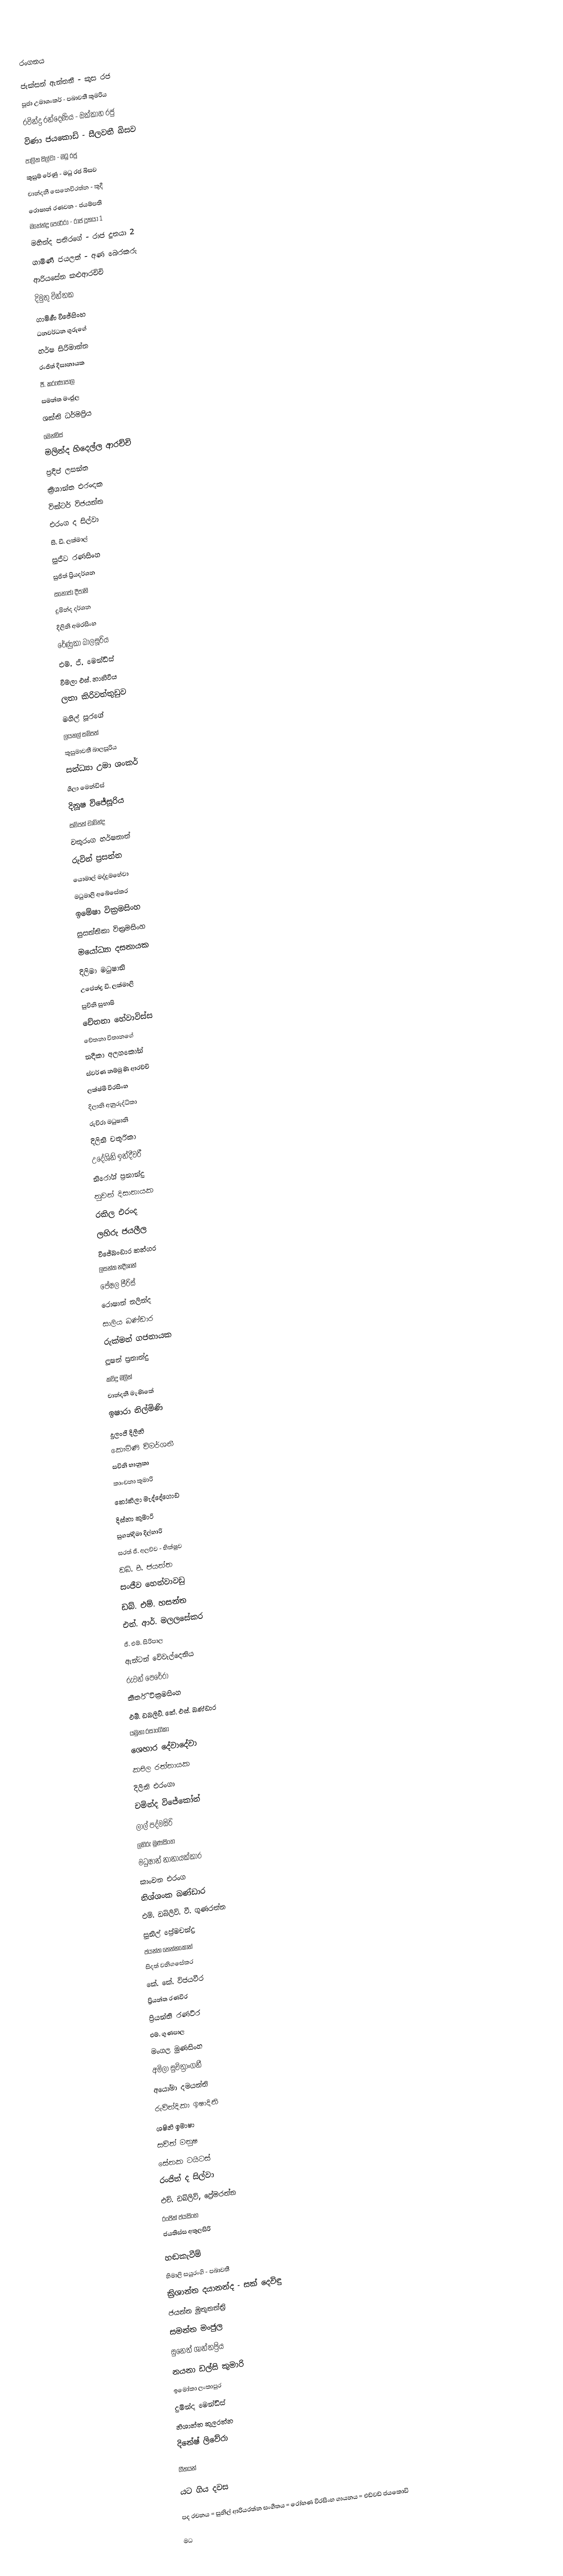

රංගනය

ජැක්සන් ඇන්තනී - කුස රජ
පූජා උමාශංකර් - පබාවතී කුමරිය
රවින්ද්‍ර රන්දෙණිය - ඔක්කාහ රජු
විණා ජයකොඩි - සීලවතී බිසව
පාලිත සිල්වා - මධු රජු
කුසුම් රේණු - මධු රජ බිසව
චාන්දනී සෙනෙවිරත්න - කුදී
රොෂාන් රණවන - ජයම්පති
මහේන්ද්‍ර පෙරේරා - රාජ දූතයා 1
මහින්ද පතිරගේ - රාජ දූතයා 2
ගාමිණී ජයලත් - අණ බෙරකරු
ආරියසේන කළුආරච්චි
දිමුතු චින්තක
ගාමිණී විජේසිංහ
ධනවර්ධන ගුරුගේ
හර්ෂ සිරිමාන්න
රංජිත් දිසානායක
ජී. කරුණාපාල
සමන්ත මංජුල
ශක්ති ධර්මප්‍රිය
මෙන්ඩිස්
මලින්ද හිදෙල්ල ආරච්චි
ප්‍රදීප් ලසන්ත
ක්‍රිශාන්ත එරංදක
වික්ටර් විජයන්ත
එරංග ද සිල්වා
සී. ඩී. ලක්මාල්
සුජීව රණසිංහ
සුජිත් ප්‍රියදර්ශන
සනෝජා දීපානි
දුමින්ද දර්ශන
දිලිනි අමරසිංහ
රේණුකා බාලසූරිය
එම්. ජී. මෙන්ඩිස්
විමලා එස්. නාහිටිය
ලතා කිරිවත්තුඩුව
මහිල් සූරගේ
ලයනල් සම්පත්
කුසුමාවතී බාලසූරිය
සන්ධ්‍යා උමා ශංකර්
ශීලා මෙන්ඩිස්
දිනූෂ විජේසූරිය
සම්පත් චාමින්ද
චතුරංග හර්ෂනාත්
රුවින් ප්‍රසන්න
යොමාල් මද්දුමහේවා
මධුමාලී අබේසේකර
ඉමේෂා වික්‍රමසිංහ
සුසන්තිකා වික්‍රමසිංහ
මයෝධ්‍යා දසනායක
දිලිමා මධුෂානි
උපේන්ද්‍ර ඩී. ලක්මාලි
සුචිනි සුභාෂි
චේතනා හේවාවිස්ස
චේතනා විතානගේ
නදීකා අලහකෝන්
ස්වර්ණ නම්මුණි ආරච්චි
ලක්ෂ්මී වීරසිංහ
දිලානි අනුරුද්ධිකා
රුචිරා මධුෂානි
දිලිනි චතුරිකා
උදේශිනි ඉන්දීවරී
නිරෝශ් ප්‍රනාන්දු
නුවන් දිසානායක
රකිල එරංද
ලහිරු ජයලීල
විජේබංඩාර කන්ගර
ලසන්ත නදීශාන්
පේෂල පීරිස්
රොෂාන් නලින්ද
සාලිය බණ්ඩාර
රුක්මන් ගජනායක
ලූෂන් ප්‍රනාන්දු
කවිදු මලිත්
චාන්දනී මැණිකේ
ඉෂාරා නිල්මිණි
දුලංජි දිලිනි
කෞමිණි විමර්ශනී
සචිනි භානුකා
කාංචනා කුමාරි
කෝකිලා මැද්දේගොඩ
දිස්නා කුමාරි
සුගන්දිමා දිල්හාරි
සරත් ජී. අලව්ව - භික්ෂුව
ඩබ්. පී. ජයන්ත
සංජීව හෙන්වාවඩු
ඩබ්. එම්. හසන්ත
එන්. ආර්. මලලසේකර
ජී. එම්. සිරිපාල
ඇන්ටන් වේවැල්දෙනිය
රුවන් පෙරේරා
කීර්ති වික්‍රමසිංහ
එම්. ඩබලිව්. කේ. එස්. බණ්ඩාර
යමුනා රසාංගිකා
ශෙහාර දේවාදේවා
කපිල රත්නායක
දිලිනි එරංගා
චමින්ද විජේකෝන්
ලාල් පද්මසිරි
ලහිරු මුණසිංහ
මධුෂාන් නානායක්කාර
කාංචන එරංග
නිශ්ශංක බණ්ඩාර
එම්. ඩබ්ලිව්. වී. ගුණරත්න
සුනිල් ප්‍රේමචන්ද්‍ර
ජයන්ත තෙන්නකෝන්
සිදත් වනිගසේකර
කේ. කේ. විජයවීර
ප්‍රියන්ත රණවීර
ප්‍රියන්ති රණවීර
එම්. ගුණපාල
මංගල මුණසිංහ
අමිලා සුචිත්‍රාංගනී
අයෝමා දමයන්ති
රුවින්දිකා ඉෂාදිනි
ශෂිනි ඉමාෂා
සචිත් මනුෂ
සේනක ටයිටස්
රංජිත් ද සිල්වා
එච්. ඩබ්ලිව්, ප්‍රේමරත්න
රංජිත් ජයසිංහ
ජයතිස්ස අතුලසිරි

හඬකැවීම්
හිමාලි සයුරංගි - පබාවතී
ක්‍රිශාන්ත දයානන්ද - සක් දෙවිඳු
ජයන්ත මුතුතන්ත්‍රි
සමන්ත මංජුල
සුනෙත් ශාන්තප්‍රිය
නයනා ඩල්සි කුමාරි
ඉමෝකා ලංකාපුර
දුමින්ද මෙන්ඩිස්
නිශාන්ත කුලරත්න
දිනේෂ් ලිවේරා

ගීතයන්

යට ගිය දවස

පද රචනය         = සුනිල් ආරියරත්න    සංගීතය           = රෝහණ වීරසිංහ        ගායනය           = එඩ්වඩ් ජයකොඩි

මධ